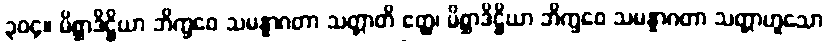
၃၀၄။ မိစ္ဆာဒိဋ္ဌိယာ ဘိက္ခဝေ သမန္နာဂတာ သတ္တာတိ ဧတ္ထ၊ မိစ္ဆာဒိဋ္ဌိယာ ဘိက္ခဝေ သမန္နာဂတာ သတ္တာဟူသော